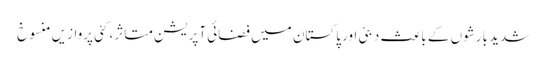
شدید بارشوں کے باعث دبئی اور پاکستان میں فضائی آپریشن متاثر، کئی پروازیں منسوخ